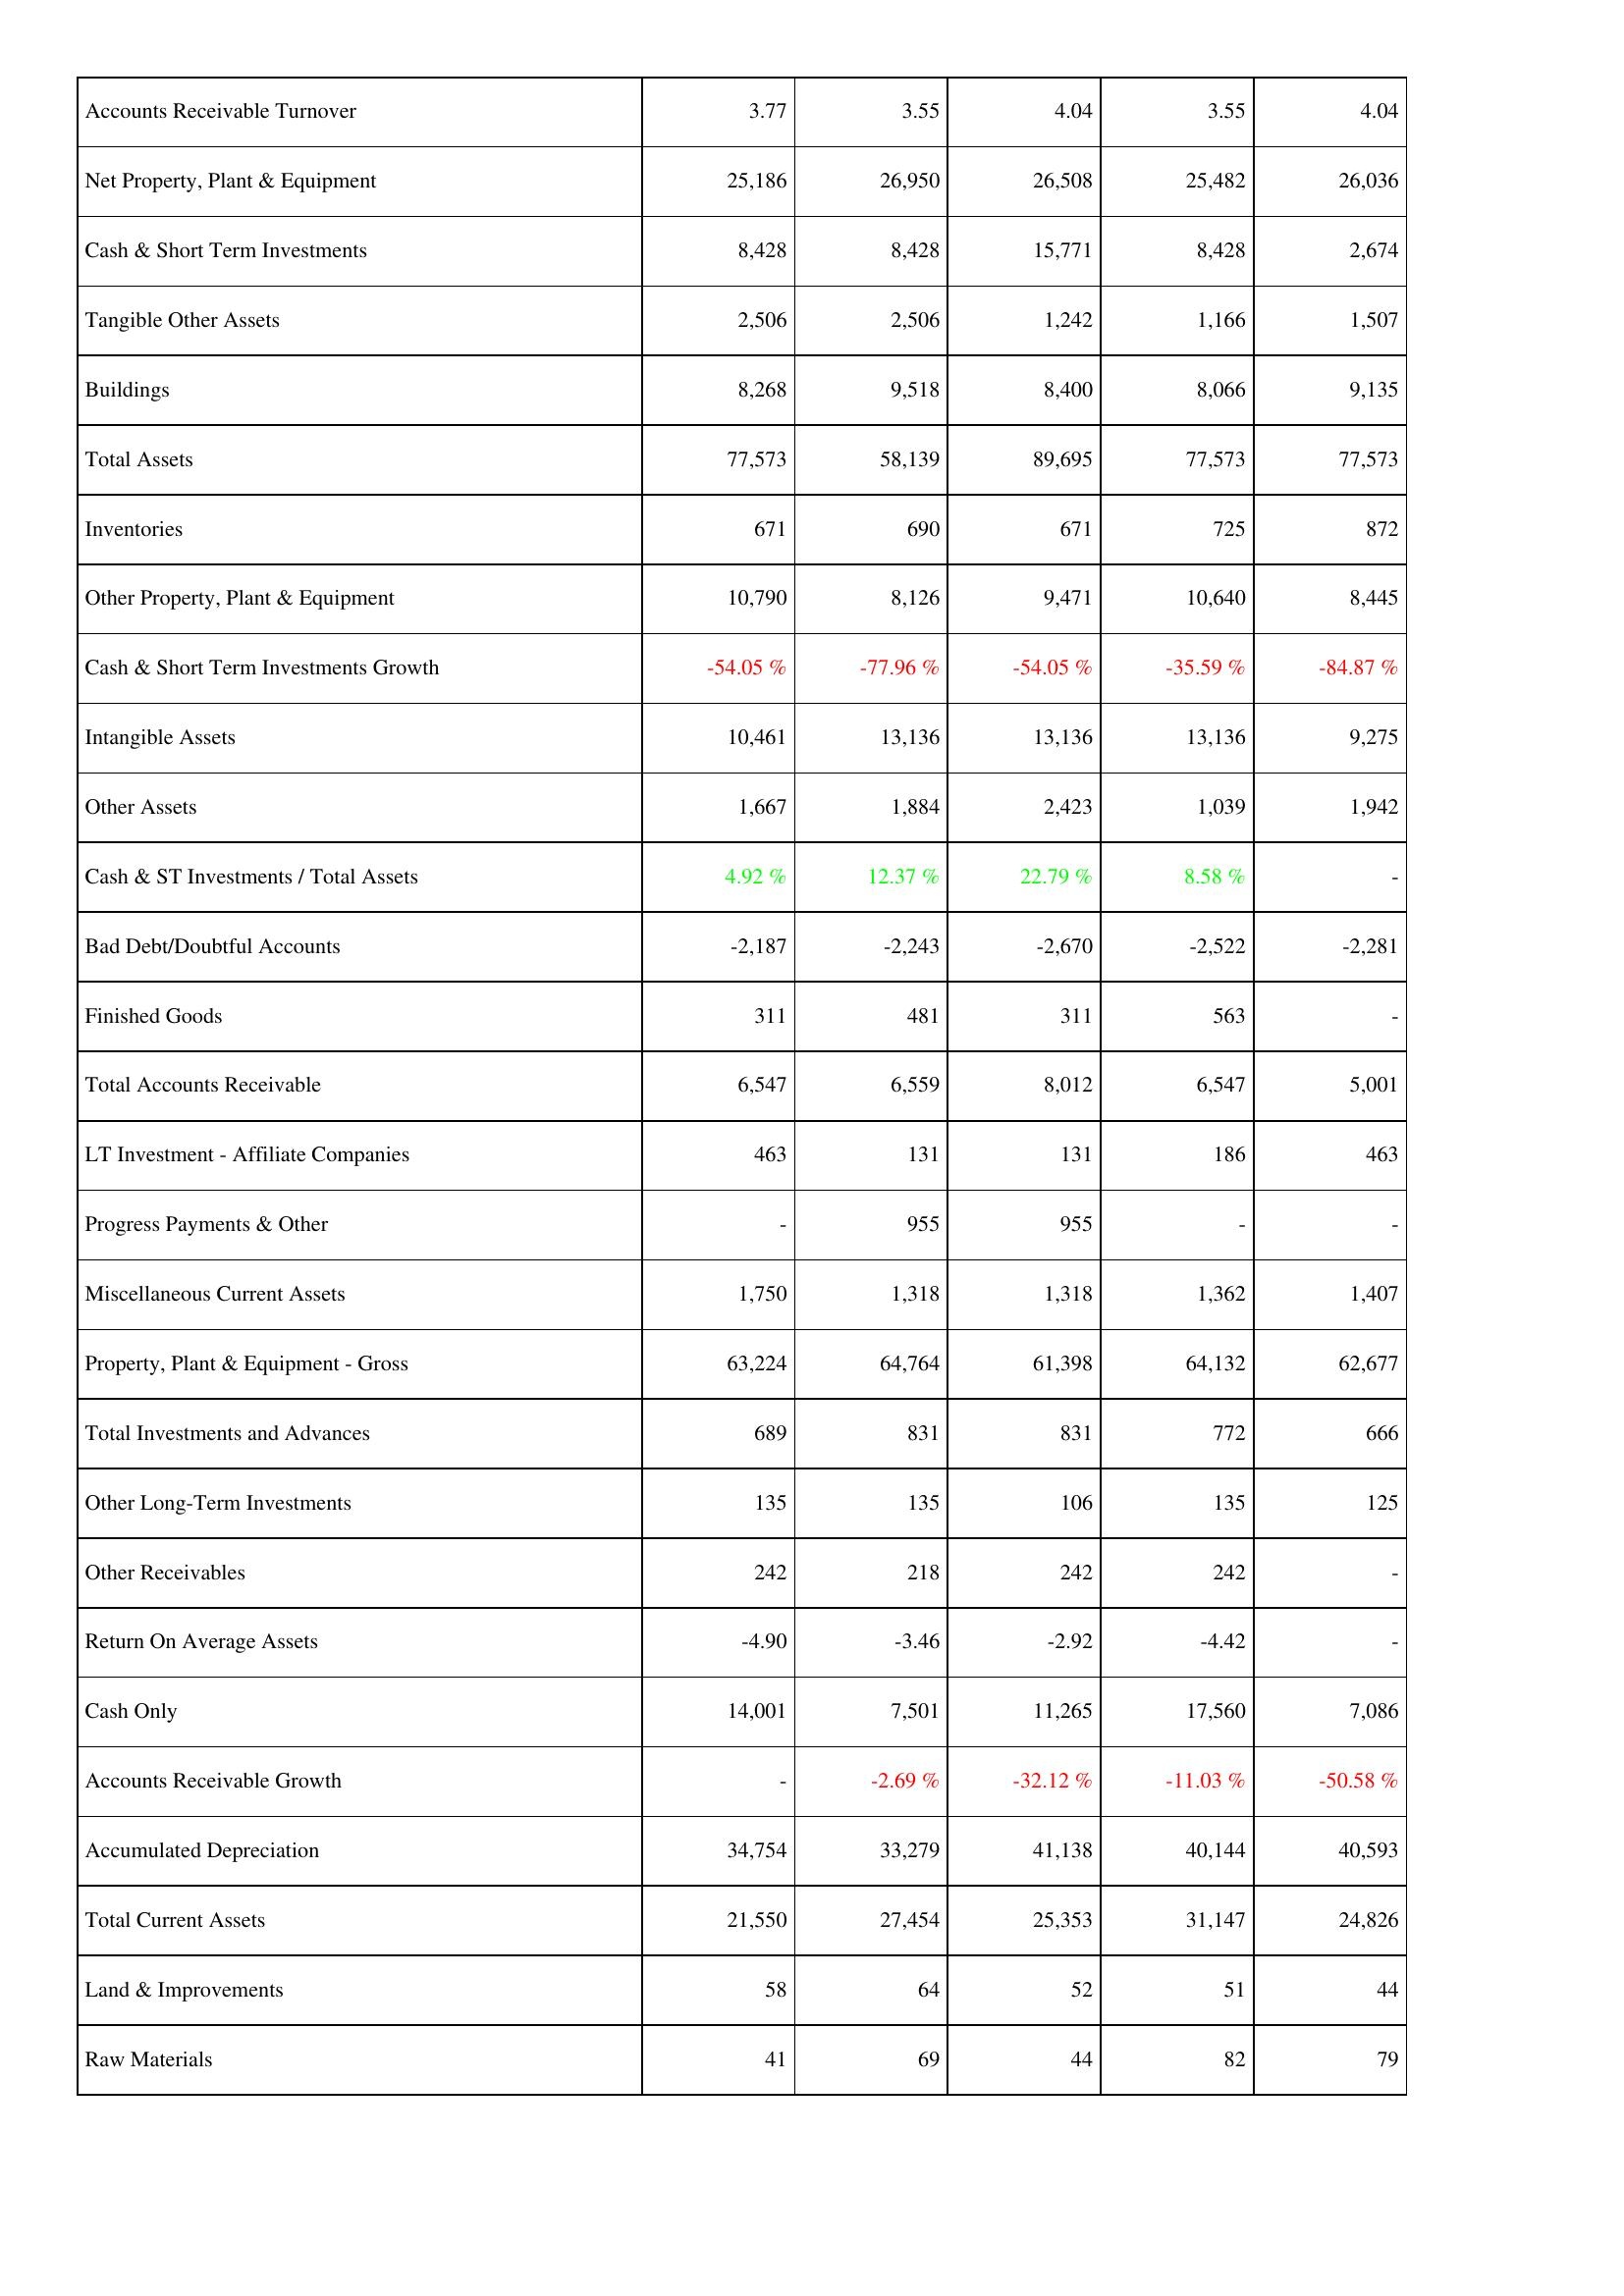
2014: Assets: Accounts Receivable Turnover: 3.77
Net Property, Plant & Equipment: 25,186
Cash & Short Term Investments: 8,428
Tangible Other Assets: 2,506
Buildings: 8,268
Total Assets: 77,573
Inventories: 671
Other Property, Plant & Equipment: 10,790
Cash & Short Term Investments Growth: -54.05 %
Intangible Assets: 10,461
Other Assets: 1,667
Cash & ST Investments / Total Assets: 4.92 %
Bad Debt/Doubtful Accounts: -2,187
Finished Goods: 311
Total Accounts Receivable: 6,547
LT Investment - Affiliate Companies: 463
Progress Payments & Other: -
Miscellaneous Current Assets: 1,750
Property, Plant & Equipment - Gross: 63,224
Total Investments and Advances: 689
Other Long-Term Investments: 135
Other Receivables: 242
Return On Average Assets: -4.90
Cash Only: 14,001
Accounts Receivable Growth: -
Accumulated Depreciation: 34,754
Total Current Assets: 21,550
Land & Improvements: 58
Raw Materials: 41
2013: Assets: Accounts Receivable Turnover: 3.55
Net Property, Plant & Equipment: 26,950
Cash & Short Term Investments: 8,428
Tangible Other Assets: 2,506
Buildings: 9,518
Total Assets: 58,139
Inventories: 690
Other Property, Plant & Equipment: 8,126
Cash & Short Term Investments Growth: -77.96 %
Intangible Assets: 13,136
Other Assets: 1,884
Cash & ST Investments / Total Assets: 12.37 %
Bad Debt/Doubtful Accounts: -2,243
Finished Goods: 481
Total Accounts Receivable: 6,559
LT Investment - Affiliate Companies: 131
Progress Payments & Other: 955
Miscellaneous Current Assets: 1,318
Property, Plant & Equipment - Gross: 64,764
Total Investments and Advances: 831
Other Long-Term Investments: 135
Other Receivables: 218
Return On Average Assets: -3.46
Cash Only: 7,501
Accounts Receivable Growth: -2.69 %
Accumulated Depreciation: 33,279
Total Current Assets: 27,454
Land & Improvements: 64
Raw Materials: 69
2012: Assets: Accounts Receivable Turnover: 4.04
Net Property, Plant & Equipment: 26,508
Cash & Short Term Investments: 15,771
Tangible Other Assets: 1,242
Buildings: 8,400
Total Assets: 89,695
Inventories: 671
Other Property, Plant & Equipment: 9,471
Cash & Short Term Investments Growth: -54.05 %
Intangible Assets: 13,136
Other Assets: 2,423
Cash & ST Investments / Total Assets: 22.79 %
Bad Debt/Doubtful Accounts: -2,670
Finished Goods: 311
Total Accounts Receivable: 8,012
LT Investment - Affiliate Companies: 131
Progress Payments & Other: 955
Miscellaneous Current Assets: 1,318
Property, Plant & Equipment - Gross: 61,398
Total Investments and Advances: 831
Other Long-Term Investments: 106
Other Receivables: 242
Return On Average Assets: -2.92
Cash Only: 11,265
Accounts Receivable Growth: -32.12 %
Accumulated Depreciation: 41,138
Total Current Assets: 25,353
Land & Improvements: 52
Raw Materials: 44
2011: Assets: Accounts Receivable Turnover: 3.55
Net Property, Plant & Equipment: 25,482
Cash & Short Term Investments: 8,428
Tangible Other Assets: 1,166
Buildings: 8,066
Total Assets: 77,573
Inventories: 725
Other Property, Plant & Equipment: 10,640
Cash & Short Term Investments Growth: -35.59 %
Intangible Assets: 13,136
Other Assets: 1,039
Cash & ST Investments / Total Assets: 8.58 %
Bad Debt/Doubtful Accounts: -2,522
Finished Goods: 563
Total Accounts Receivable: 6,547
LT Investment - Affiliate Companies: 186
Progress Payments & Other: -
Miscellaneous Current Assets: 1,362
Property, Plant & Equipment - Gross: 64,132
Total Investments and Advances: 772
Other Long-Term Investments: 135
Other Receivables: 242
Return On Average Assets: -4.42
Cash Only: 17,560
Accounts Receivable Growth: -11.03 %
Accumulated Depreciation: 40,144
Total Current Assets: 31,147
Land & Improvements: 51
Raw Materials: 82
2010: Assets: Accounts Receivable Turnover: 4.04
Net Property, Plant & Equipment: 26,036
Cash & Short Term Investments: 2,674
Tangible Other Assets: 1,507
Buildings: 9,135
Total Assets: 77,573
Inventories: 872
Other Property, Plant & Equipment: 8,445
Cash & Short Term Investments Growth: -84.87 %
Intangible Assets: 9,275
Other Assets: 1,942
Cash & ST Investments / Total Assets: -
Bad Debt/Doubtful Accounts: -2,281
Finished Goods: -
Total Accounts Receivable: 5,001
LT Investment - Affiliate Companies: 463
Progress Payments & Other: -
Miscellaneous Current Assets: 1,407
Property, Plant & Equipment - Gross: 62,677
Total Investments and Advances: 666
Other Long-Term Investments: 125
Other Receivables: -
Return On Average Assets: -
Cash Only: 7,086
Accounts Receivable Growth: -50.58 %
Accumulated Depreciation: 40,593
Total Current Assets: 24,826
Land & Improvements: 44
Raw Materials: 79